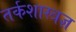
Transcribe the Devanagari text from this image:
तर्कशास्त्रज्ञ